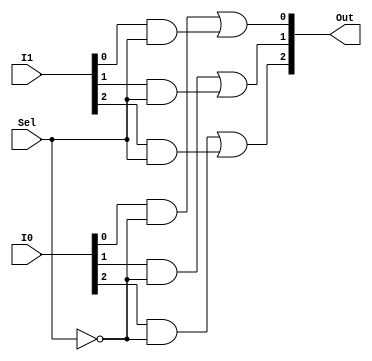
`timescale 1ns/1ns

module Mux2to1_3bit(I0, I1, Sel, Out);

input [2:0] I0, I1;
input Sel;
output [2:0] Out;

wire SelBar;
wire [2:0] OutI0, OutI1;

not SELBAR(SelBar, Sel);

genvar i;
generate
	for(i = 0; i < 3; i = i + 1) begin
		and OUTI0(OutI0[i], I0[i], SelBar);
		and OUTI1(OutI1[i], I1[i], Sel);
		or #5 OUT0(Out[i], OutI0[i], OutI1[i]);
	end
endgenerate

endmodule